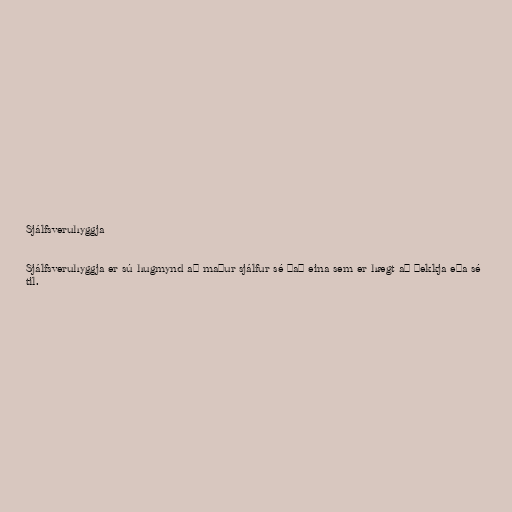
Sjálfsveruhyggja

Sjálfsveruhyggja er sú hugmynd að maður sjálfur sé það eina sem er hægt að þekkja eða sé
til.